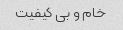
خام و بی کیفیت